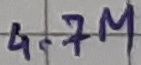
Text: 4.7M